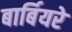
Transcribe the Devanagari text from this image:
बार्बियरे